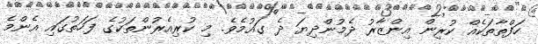
ހަފްތާތަކެއް ކުރިން އިންޒާރު ދެމުންދިޔަ ދެ ގައުމެވެ. މި ކުރިއެރުންތަކުގެ ފަހަތުގައި އެންމެ